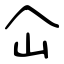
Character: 仚